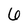
Character: 6